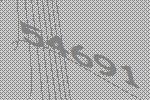
54691